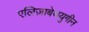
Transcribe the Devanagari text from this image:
एलिज़ाबेथयुगीन